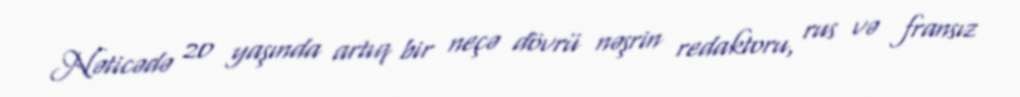
Nəticədə 20 yaşında artıq bir neçə dövrü nəşrin redaktoru, rus və fransız